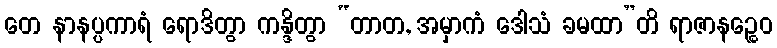
တေ နာနပ္ပကာရံ ရောဒိတွာ ကန္ဒိတွာ “တာတ, အမှာကံ ဒေါသံ ခမထာ”တိ ရာဇာနဉ္စေဝ